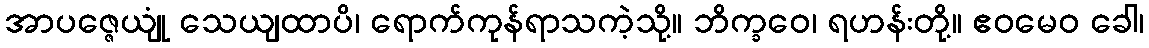
အာပဇ္ဇေယျုံ သေယျထာပိ၊ ရောက်ကုန်ရာသကဲ့သို့။ ဘိက္ခဝေ၊ ရဟန်းတို့။ ဧဝမေဝ ခေါ၊